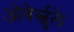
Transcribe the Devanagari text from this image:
ओबेर्स्चुले